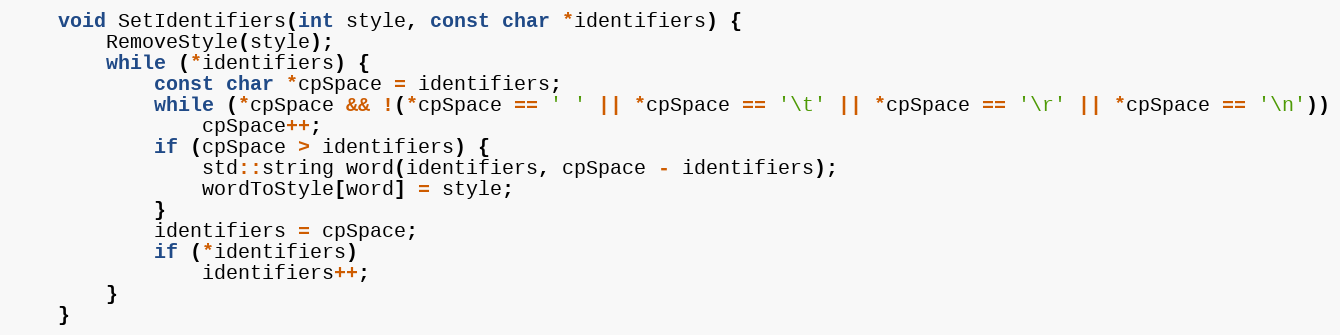
Language: C
	void SetIdentifiers(int style, const char *identifiers) {
		RemoveStyle(style);
		while (*identifiers) {
			const char *cpSpace = identifiers;
			while (*cpSpace && !(*cpSpace == ' ' || *cpSpace == '\t' || *cpSpace == '\r' || *cpSpace == '\n'))
				cpSpace++;
			if (cpSpace > identifiers) {
				std::string word(identifiers, cpSpace - identifiers);
				wordToStyle[word] = style;
			}
			identifiers = cpSpace;
			if (*identifiers)
				identifiers++;
		}
	}